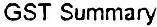
GST SUMMARY